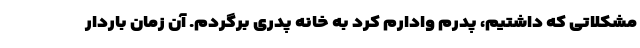
مشکلاتی که داشتیم، پدرم وادارم کرد به خانه پدری برگردم. آن زمان باردار